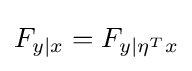
F_{y\mid x}=F_{y\mid \eta ^{T}x}